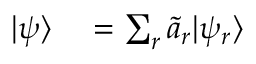
\begin{array} { r l } { | \psi \rangle } & { { } = \sum _ { r } \tilde { a } _ { r } | \psi _ { r } \rangle } \end{array}